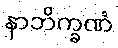
နာဘိက္ခဏံ